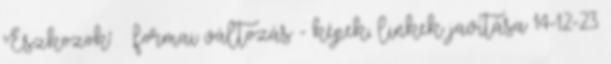
'Eszközök' » formai változás - képek, linkek javítása 14-12-23